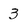
Character: 3